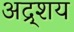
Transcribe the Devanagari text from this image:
अद्र्शय